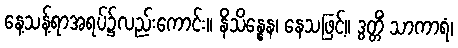
နေ့သန့်ရာအရပ်၌လည်းကောင်း။ နိသိန္နေန၊ နေသဖြင့်။ ဒွတ္တိံ သာကာရံ၊